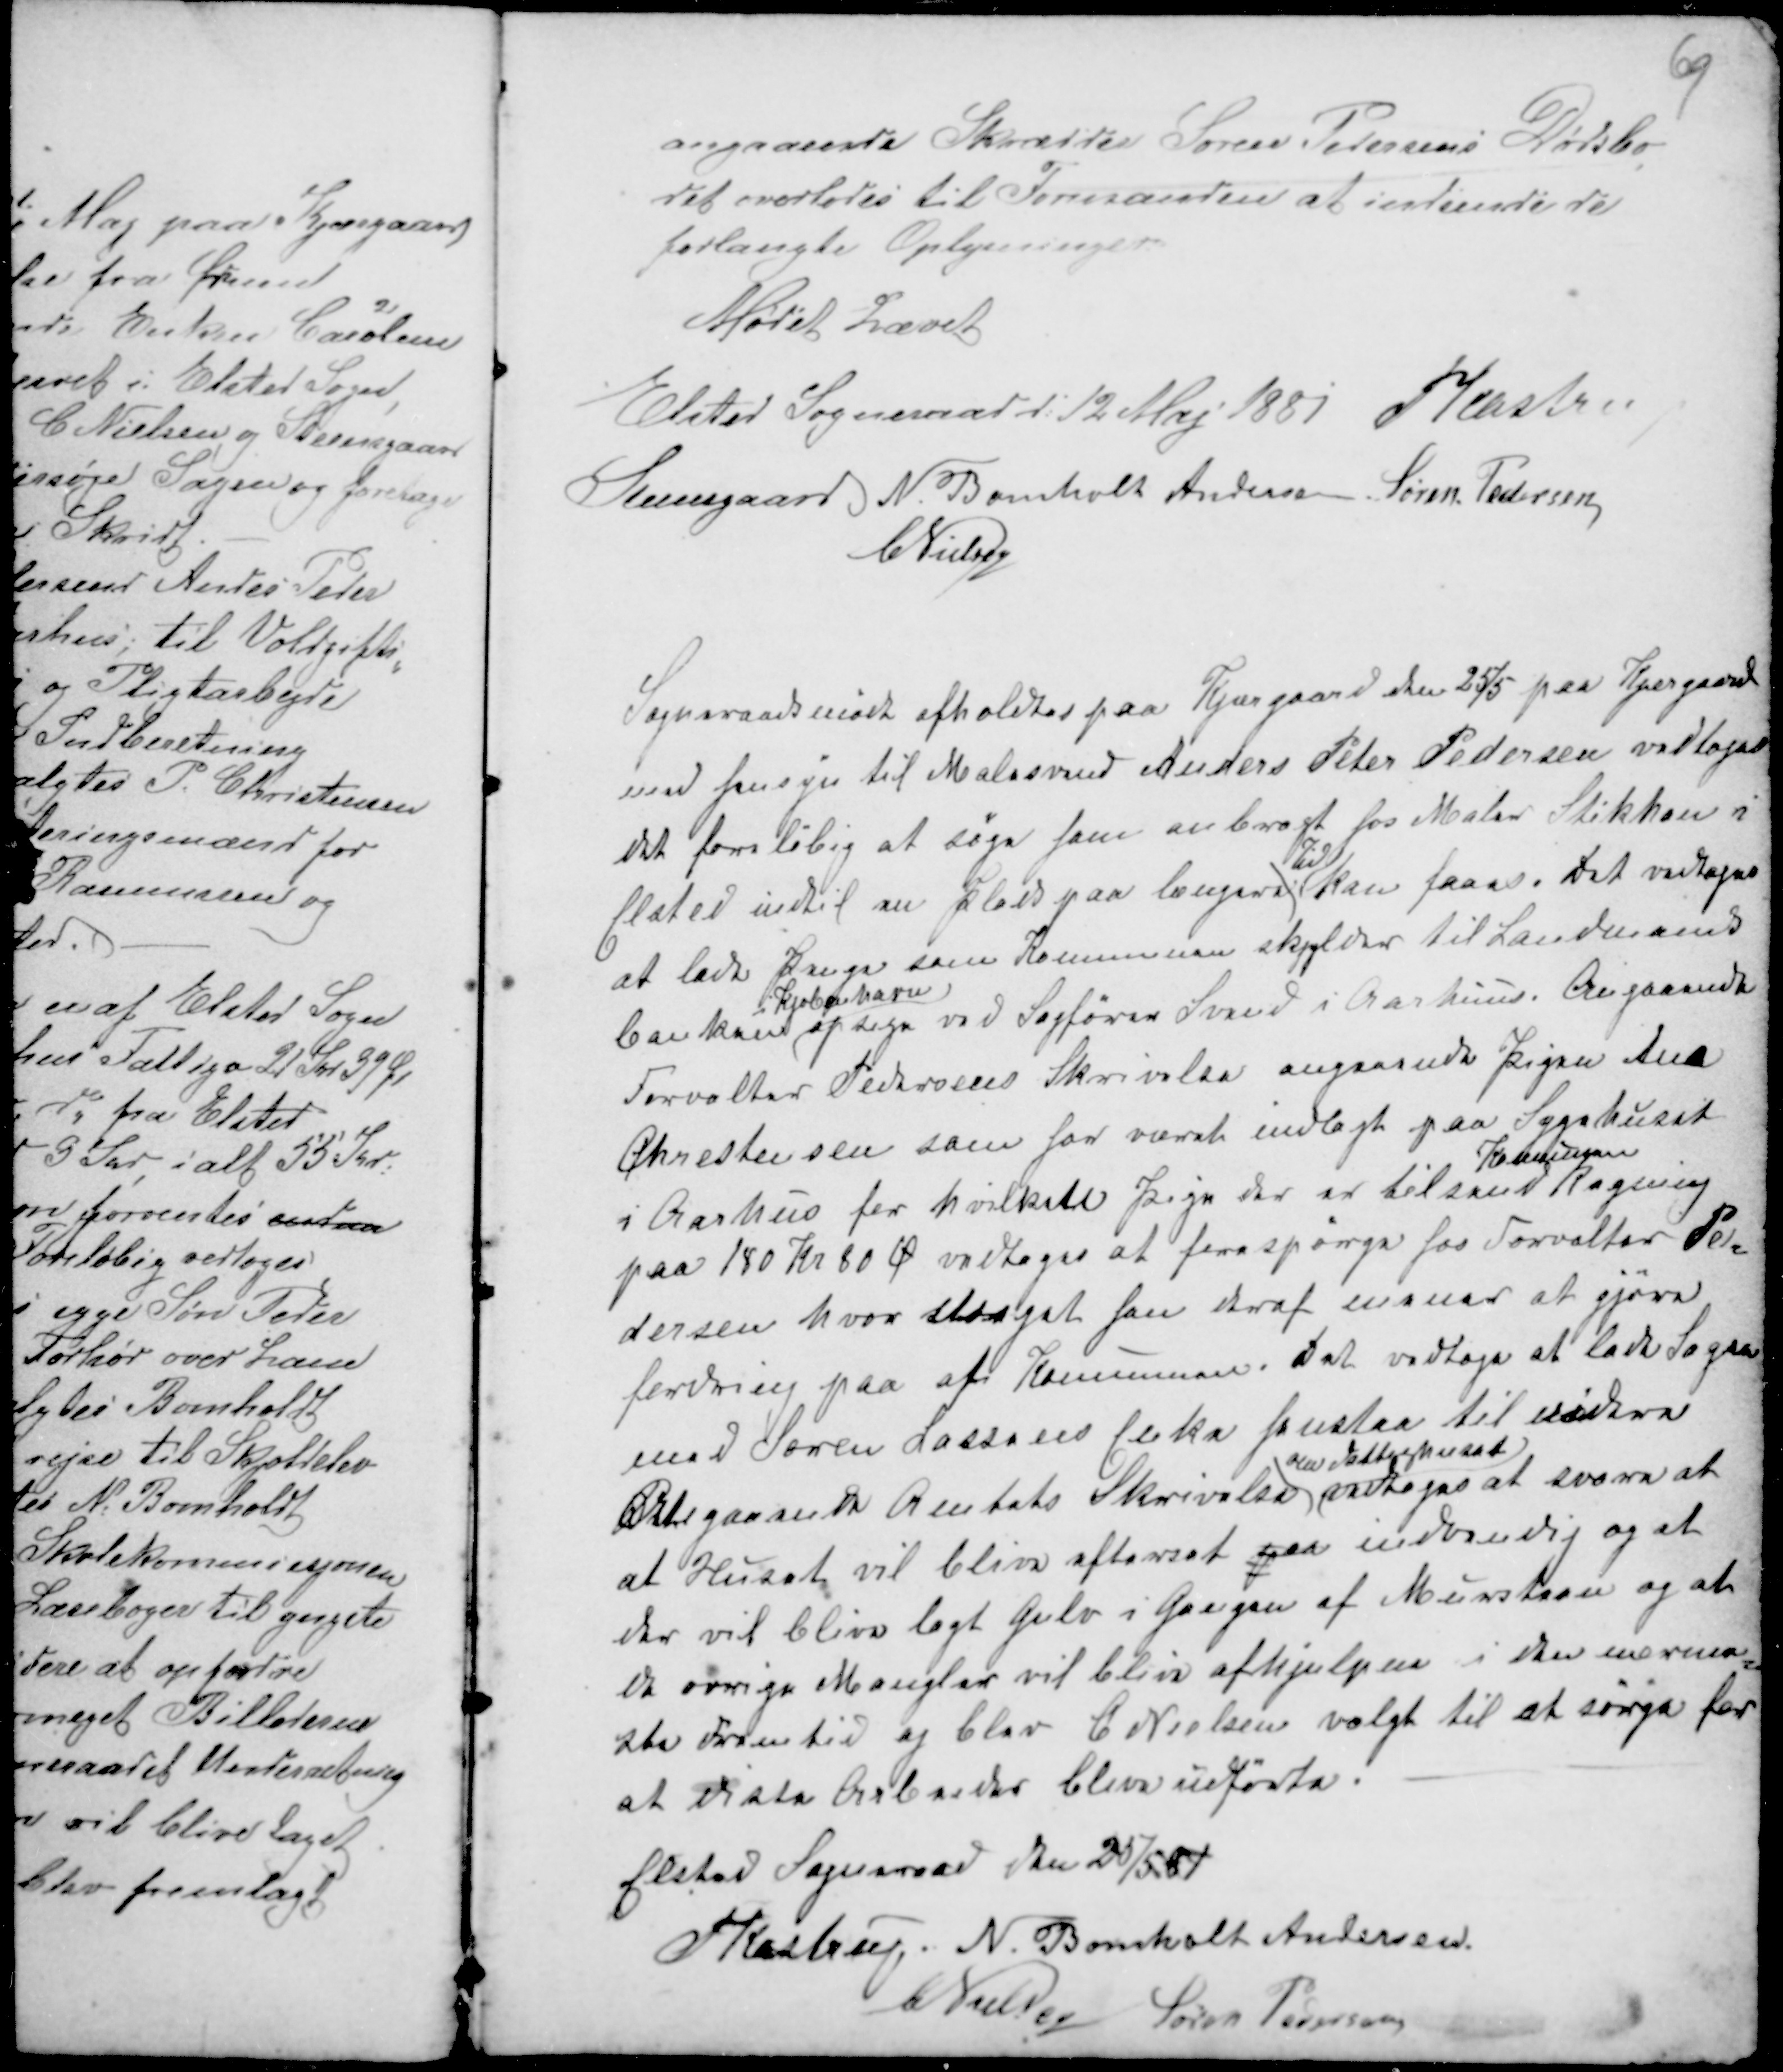
Transskription:
angaaende Skrædder Søren Pedersens Dødsbo,
det overlodes til Formanden at indsende de
forlangte Oplysninger
Mødet hævet
Elsted Sogneraad d: 12 Maj 1881 PKastrup
Steensgaard N. Bomholt Andersen Søren Pedersen
CNielsen

Sogneraadsmøde afholdtes paa Kjærgaard den 25/5 paa Kjergaard
med fensyn til Mealesvend Anders Peter Pedersen vedtoges
det foreløbig at søge fam anbragt fos Mealer Stikhan i
Elsted indtil nn Plaes paa længara
Kd
kan Faaes. Det vedtoges
at lade Penge som Kommunen skylder til Landmands
banken
i Kjøbenhavn
opsige ved Sagfører Svand i Aarhuus. Angaaende
Forvalter Pedersens Skrivelse angaaende Pigen Ana
Chrestensen som far været indlagt paa Sygehuset
i Aarhus fra hvilkete Sogn der er tilsend
Kommunen
Regning
paa 180 Kr 80 Ø vedtoges at forespørge fos Forvalter Pe-
dersen hvor stoagat fan deraf mener at gjøre
fordring paa af Kommunen. Det vedtoges at lade Sagen
mod Søren Lassens Enke fenstaa til Videre
Atregaaende Amtets Skrivelse
om Fattighuset
vedtoges at svare at
at Huset vil blive efterset paa indvendig og at
der vil blive lagt Gulv i Gangen af Murstaan og at
de øvrige Mangler vil blive afhjulpen i nærme-
ste Fremtid og blev C Nielsen valgt til at sørge for
at dista Arbarder bliva udført. -

Elsted Sogneraad den 25/5 81
PKastrup N. Bomholt Andersen.
C Nielsen Søren Pedersen